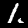
Label: 1